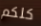
كلكم